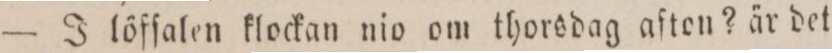
— J löfſalen klockan nio om thorsdag aften? är det